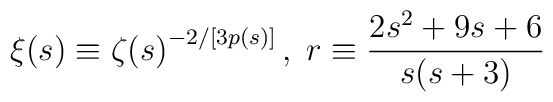
{\xi}(s) \equiv {{\zeta}(s)}^{-2/[3p(s)]} \,,\; r \equiv \frac{2s^{2}+ 9s + 6}{s(s +3)}